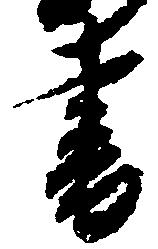
書